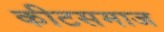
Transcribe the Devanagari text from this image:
कीटसमाज